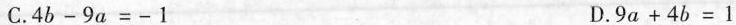
C.$$4 b - 9 a = - 1$$ D. $$9 a + 4 b = 1